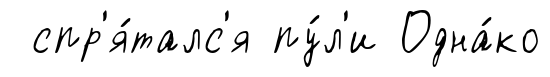
спр'я́талс'я пу́л'и Одна́ко